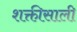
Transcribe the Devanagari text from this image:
शक्तीसाली